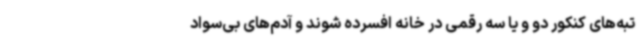
تبه‌های کنکور دو و یا سه رقمی در خانه افسرده شوند و آدم‌های بی‌سواد